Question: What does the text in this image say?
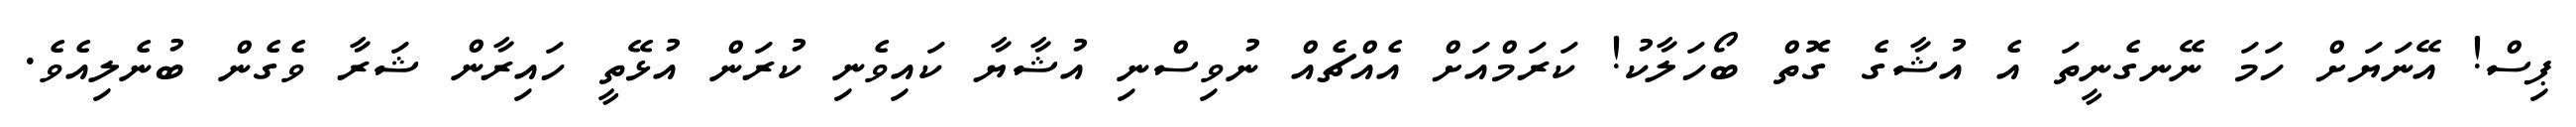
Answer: ޕިސް! އޭނަޔަށް ހަމަ ނޭނގެނީތަ އެ އުޝާގެ ގޮތް ބޯހަލާކު! ކަރަމްއަށް އެއްޗެއް ނުވިސްނި އުޝާޔާ ކައިވެނި ކުރަން އުޅޭތީ ހައިރާން ޝަރާ ވެގެން ބުނެލިއެވެ.